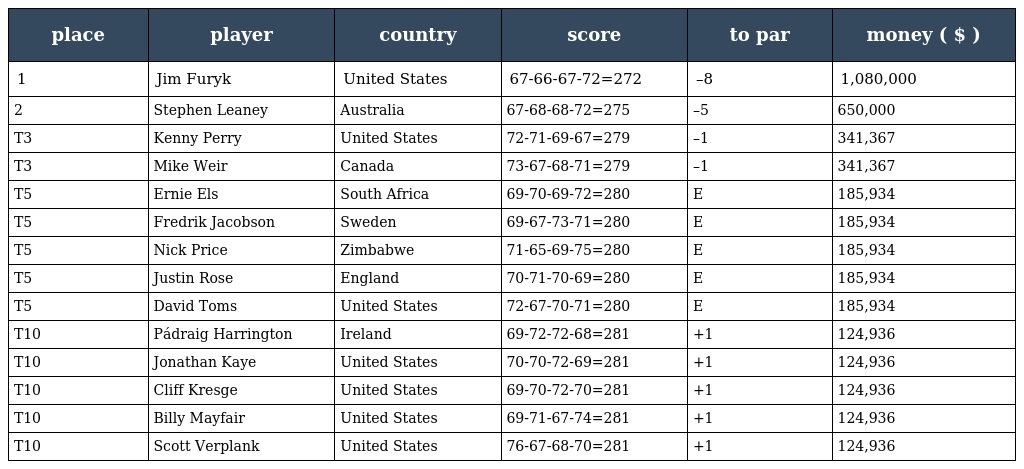
| place | player | country | score | to par | money ( $ ) |
 | --- | --- | --- | --- | --- | --- |
 | 1 | Jim Furyk | United States | 67-66-67-72=272 | –8 | 1,080,000 |
 | 2 | Stephen Leaney | Australia | 67-68-68-72=275 | –5 | 650,000 |
 | T3 | Kenny Perry | United States | 72-71-69-67=279 | –1 | 341,367 |
 | T3 | Mike Weir | Canada | 73-67-68-71=279 | –1 | 341,367 |
 | T5 | Ernie Els | South Africa | 69-70-69-72=280 | E | 185,934 |
 | T5 | Fredrik Jacobson | Sweden | 69-67-73-71=280 | E | 185,934 |
 | T5 | Nick Price | Zimbabwe | 71-65-69-75=280 | E | 185,934 |
 | T5 | Justin Rose | England | 70-71-70-69=280 | E | 185,934 |
 | T5 | David Toms | United States | 72-67-70-71=280 | E | 185,934 |
 | T10 | Pádraig Harrington | Ireland | 69-72-72-68=281 | +1 | 124,936 |
 | T10 | Jonathan Kaye | United States | 70-70-72-69=281 | +1 | 124,936 |
 | T10 | Cliff Kresge | United States | 69-70-72-70=281 | +1 | 124,936 |
 | T10 | Billy Mayfair | United States | 69-71-67-74=281 | +1 | 124,936 |
 | T10 | Scott Verplank | United States | 76-67-68-70=281 | +1 | 124,936 |